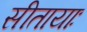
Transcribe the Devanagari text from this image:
सीतायाः